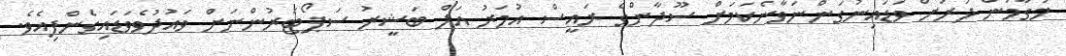
މަގާމުން ދުރަށް ވަޑައިނުގަންނަވާނެކަމަށް ސޫދާންގެ ރައީސް އުމަރު އަލް ބަޝީރު ސަޕޯޓަރުންނަށް ވައުދުވެވަޑައިގެންފިއެވެ.